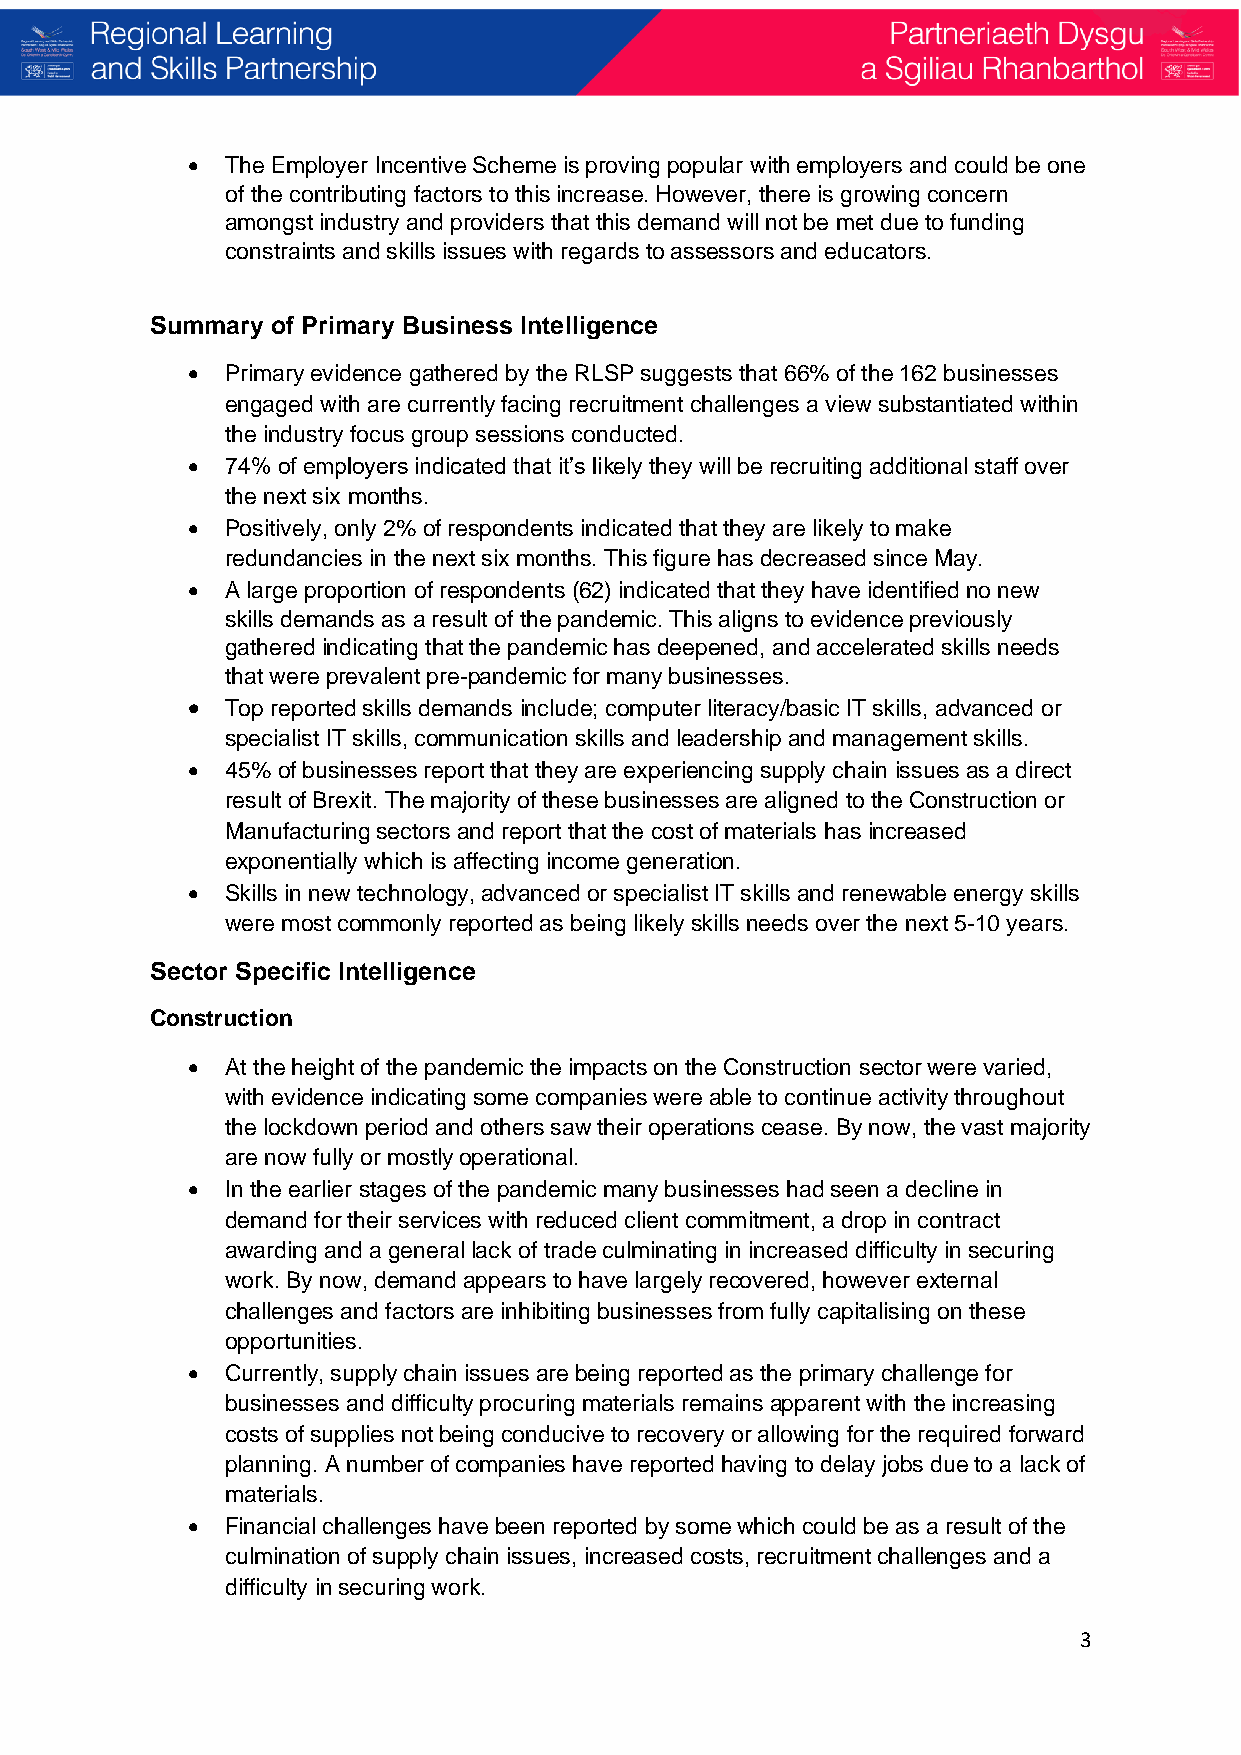
•  The Employer Incentive Scheme is proving popular with employers and could be one
 of the contributing factors to this increase. However, there is growing concern
 amongst industry and providers that this demand will not be met due to funding
 constraints and skills issues with regards to assessors and educators.
 Summary of Primary Business Intelligence
 •  Primary evidence gathered by the RLSP suggests that 66% of the 162 businesses
 engaged with are currently facing recruitment challenges a view substantiated within
 the industry focus group sessions conducted.
 •  74% of employers indicated that it’s likely they will be recruiting additional staff over
 the next six months.
 •  Positively, only 2% of respondents indicated that they are likely to make
 redundancies in the next six months. This figure has decreased since May.
 •  A large proportion of respondents (62) indicated that they have identified no new
 skills demands as a result of the pandemic. This aligns to evidence previously
 gathered indicating that the pandemic has deepened, and accelerated skills needs
 that were prevalent pre-pandemic for many businesses.
 •  Top reported skills demands include; computer literacy/basic IT skills, advanced or
 specialist IT skills, communication skills and leadership and management skills.
 •  45% of businesses report that they are experiencing supply chain issues as a direct
 result of Brexit. The majority of these businesses are aligned to the Construction or
 Manufacturing sectors and report that the cost of materials has increased
 exponentially which is affecting income generation.
 •  Skills in new technology, advanced or specialist IT skills and renewable energy skills
 were most commonly reported as being likely skills needs over the next 5-10 years.
 Sector Specific Intelligence
 Construction
 •  At the height of the pandemic the impacts on the Construction sector were varied,
 with evidence indicating some companies were able to continue activity throughout
 the lockdown period and others saw their operations cease. By now, the vast majority
 are now fully or mostly operational.
 •  In the earlier stages of the pandemic many businesses had seen a decline in
 demand for their services with reduced client commitment, a drop in contract
 awarding and a general lack of trade culminating in increased difficulty in securing
 work. By now, demand appears to have largely recovered, however external
 challenges and factors are inhibiting businesses from fully capitalising on these
 opportunities.
 •  Currently, supply chain issues are being reported as the primary challenge for
 businesses and difficulty procuring materials remains apparent with the increasing
 costs of supplies not being conducive to recovery or allowing for the required forward
 planning. A number of companies have reported having to delay jobs due to a lack of
 materials.
 •  Financial challenges have been reported by some which could be as a result of the
 culmination of supply chain issues, increased costs, recruitment challenges and a
 difficulty in securing work.
 3